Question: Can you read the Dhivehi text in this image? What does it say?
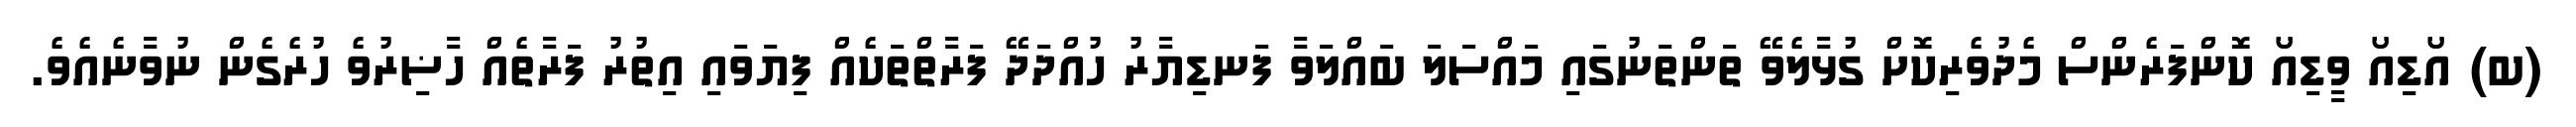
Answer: (ބ) އޯޑިއޯ ވީޑިއޯ ކޮންފަރެންސް މެދުވެރިކޮށް ގުޅާލެވޭ ތަންތަނުގައި މައްސަލަ ބައްލަވާ ފަނޑިޔާރު ހުއްދަދޭ ފަރާތްތަކެއް ފިޔަވައި އިތުރު ފަރާތެއް ހާޟިރުވެ ހުރެގެން ނުވާނެއެވެ.